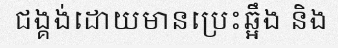
ជង្គង់ដោយមានប្រេះឆ្អឹង និង